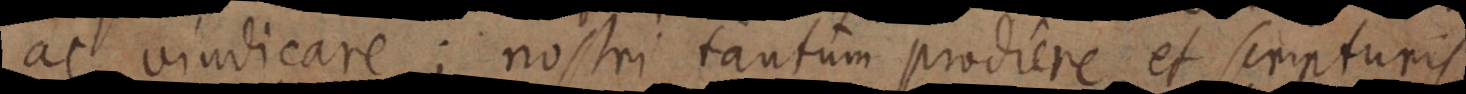
ac vindicare; nostri tantum prodiere et scripturis